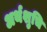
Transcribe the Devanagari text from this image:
अर्थशुचि